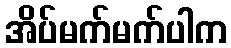
အိပ်မက်မက်ပါက